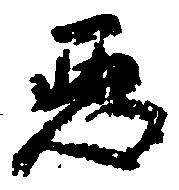
悪